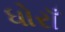
ધોરાઁ